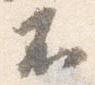
不